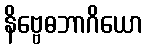
နိဗ္ဗေဓဘာဂိယော